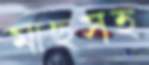
মাছসহ